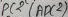
Text: ADC2